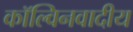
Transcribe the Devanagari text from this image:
कॉल्विनवादीय